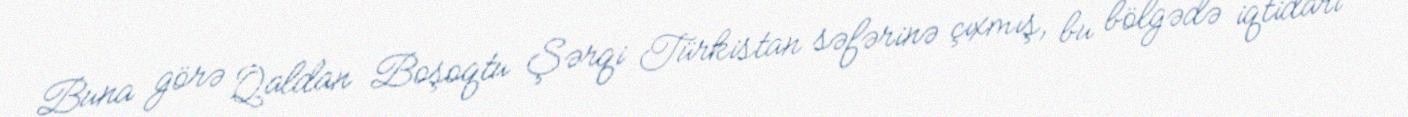
Buna görə Qaldan Boşoqtu Şərqi Türkistan səfərinə çıxmış, bu bölgədə iqtidarı